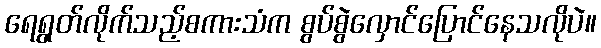
ရေရွတ်လိုက်သည့်စကားသံက စွပ်စွဲလှောင်ပြောင်နေသလိုပဲ။